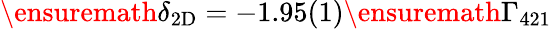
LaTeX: \ensuremath{\delta_{\mathrm{2D}}}=-1.95(1)\ensuremath{\Gamma_{421}}